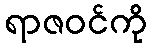
ရာဇဝင်ကို